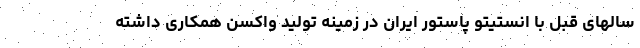
سالهای قبل با انستیتو پاستور ایران در زمینه تولید واکسن همکاری داشته